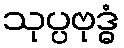
သုပ္ပဗုဒ္ဓံ